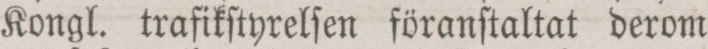
Kongl. trafikftyrelſsen föranſtaltat derom